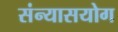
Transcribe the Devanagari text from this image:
संन्यासयोग